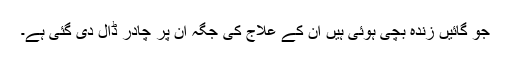
جو گائیں زندہ بچی ہوئی ہیں ان کے علاج کی جگہ ان پر چادر ڈال دی گئی ہے۔